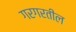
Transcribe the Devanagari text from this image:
गरगरतील